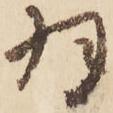
羽